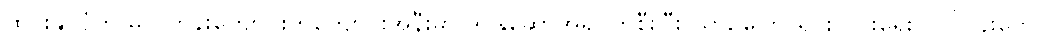
ထိုင်းနိုင်ငံက မူလတန်းကျောင်းတကျောင်းအနီးမှာ ဒိုင်နိုဆောအရုပ်ကိုစီးပြီး ယာဉ်ကြောရှင်းလင်းရေး လုပ်ငန်းတွေ